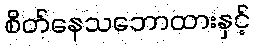
စိတ်နေသဘောထားနှင့်